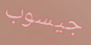
جيسوب